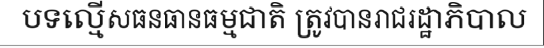
បទល្មើសធនធានធម្មជាតិ ត្រូវបានរាជរដ្ឋាភិបាល